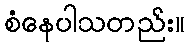
စံနေပါသတည်း။